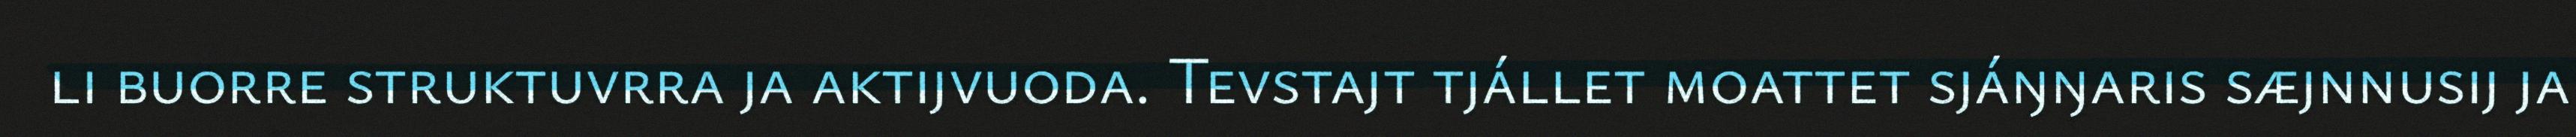
li buorre struktuvrra ja aktijvuoda. Tevstajt tjállet moattet sjáŋŋaris sæjnnusij ja